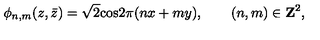
\phi _ { n , m } ( z , \bar { z } ) = \sqrt 2 \mathrm { c o s } 2 \pi ( n x + m y ) , \qquad ( n , m ) \in { \bf Z } ^ { 2 } ,